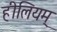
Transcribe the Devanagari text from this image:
हीलियम्